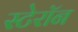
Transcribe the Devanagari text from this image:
स्टेरॉन